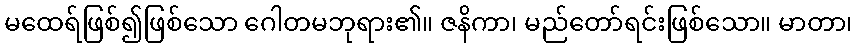
မထေရ်ဖြစ်၍ဖြစ်သော ဂေါတမဘုရား၏။ ဇနိကာ၊ မည်တော်ရင်းဖြစ်သော။ မာတာ၊